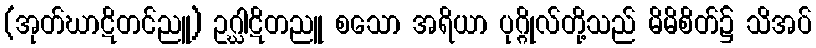
(အုတ်ဃာဋိတင်ညူ) ဥဂ္ဃါဋိတညူ စသော အရိယာ ပုဂ္ဂိုလ်တို့သည် မိမိစိတ်၌ သိအပ်